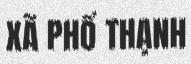
XÃ PHỔ THẠNH